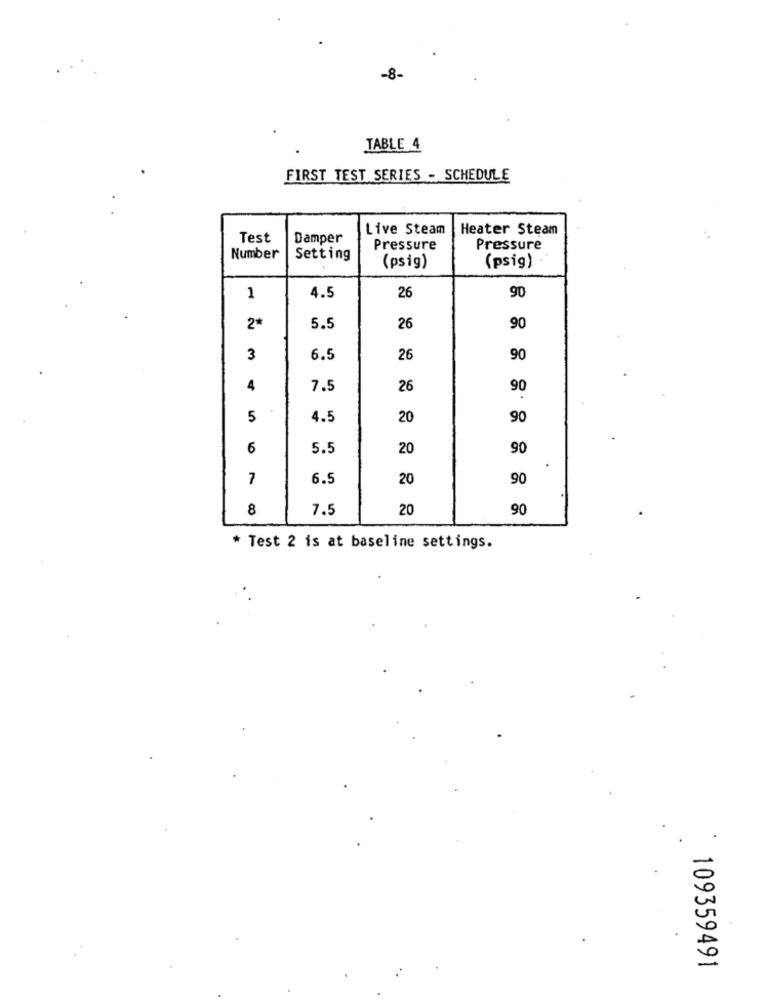
-8-
TABLE 4
FIRST TEST SERIES - SCHEDULE
Live Steam
Heater Steam
Test
Damper
Pressure
Pressure
Number
Setting
(psig)
(psig)
1
4.5
26
90
2*
5.5
26
90
3
6.5
26
90
4
7.5
26
90
5
4.5
20
90
6
5.5
20
90
7
6.5
20
90
8
7.5
20
90
* Test 2 is at baseline settings.
109359491